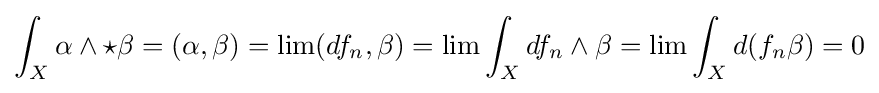
\int _{X}\alpha \wedge \star \beta =(\alpha ,\beta )=\lim(df_{n},\beta )=\lim \int _{X}df_{n}\wedge \beta =\lim \int _{X}d(f_{n}\beta )=0